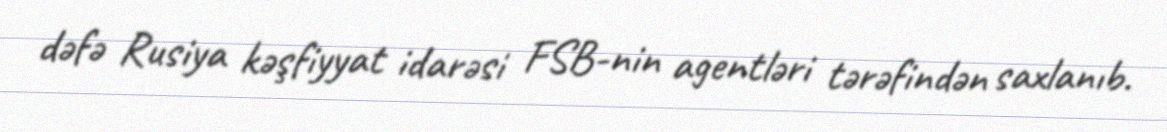
dəfə Rusiya kəşfiyyat idarəsi FSB-nin agentləri tərəfindən saxlanıb.